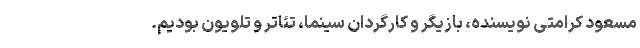
مسعود کرامتی نویسنده، بازیگر و کارگردان سینما، تئاتر و تلویون بودیم.